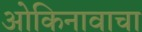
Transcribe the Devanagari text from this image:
ओकिनावाचा